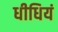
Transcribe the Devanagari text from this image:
धीधियं